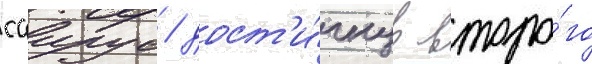
саирус / дост'и́гнув второ́го